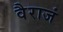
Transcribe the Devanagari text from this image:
वैराजं